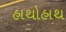
હાથોહાથ